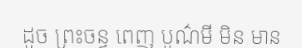
ដូច ព្រះចន្ទ ពេញ បូណ៌មី មិន មាន